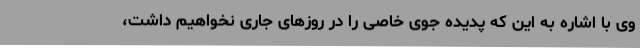
وی با اشاره به این که پدیده جوی خاصی را در روزهای جاری نخواهیم داشت،